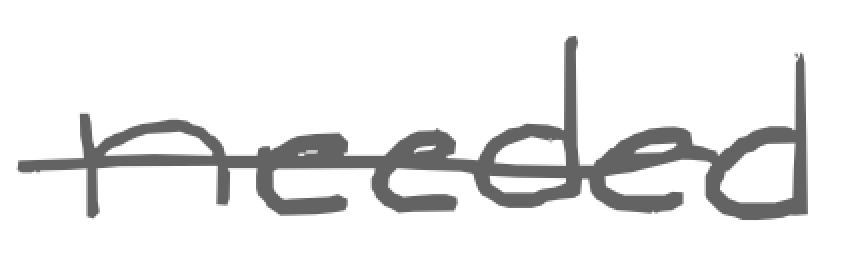
Text: needed
Cross-out: single-line
Writing tool: digital_gray